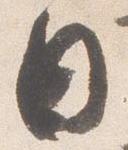
日